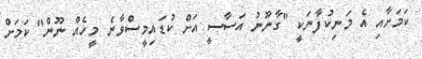
ކަމަށާއި އެ މަނިކުފާނަކީ "ގާނޫނު އަސާސީ އަށް ކުޑައިމީސްވާނެ މީހެއް ނޫން" ކަމަށް